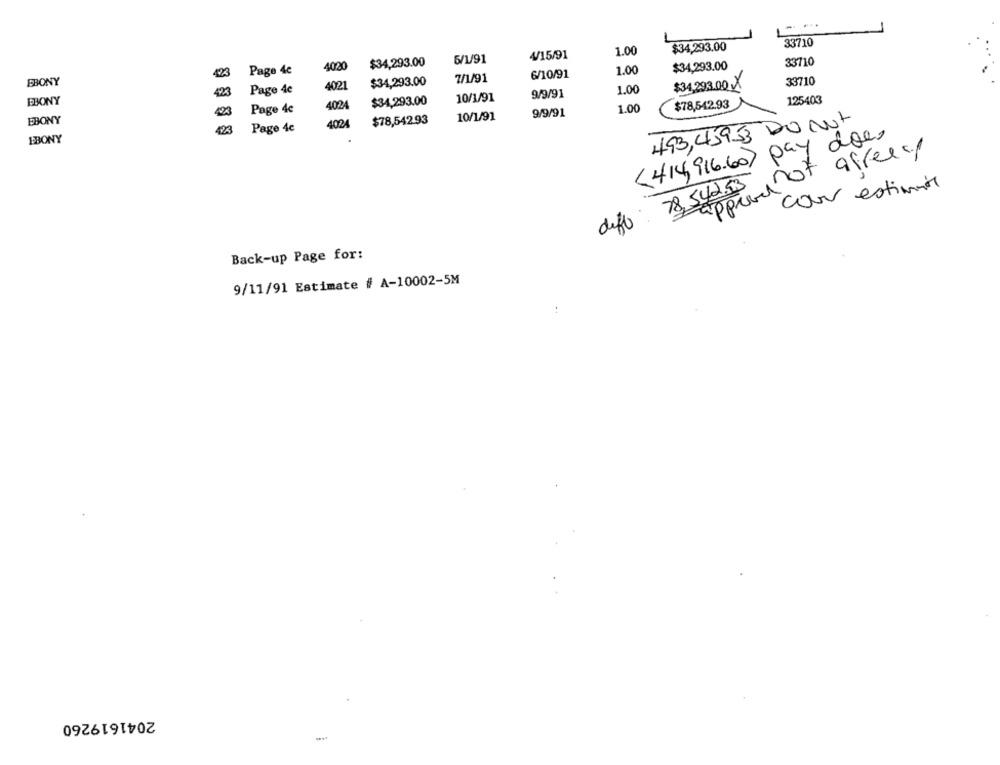
33710
1.00
$34,293.00
$34,293.00
5/1/91
4/15/91
33710
4020
1.00
$34,293.00
423
Page 4c
6/10/91
EBONY
$34,293.00
7/1/91
33710
423
Page 4c
4021
1.00
$34,293.00 X
10/1/91
9/9/91
EBONY
4024
$34,293.00
$78,542.93
125403
423
Page 4c
9/9/91
1.00
EBONY
$78,54293
10/1/91
493,459-3 DONT
423
Page 4c
4024
<414,916.60) pay does
EBONY
approdot afree/
78,542.55
cour estimate
deff
Back-up Page for:
9/11/91 Estimate # A-10002-5M
2041619260